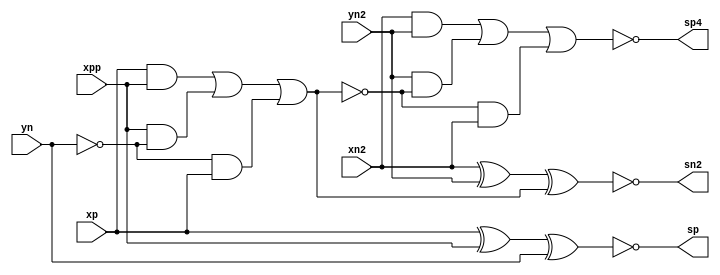
module mrHY4S(
    input xn2, xp, xpp,
    input yn2, yn,
    output sp4, sn2, sp
);
wire sn4, sp2, sn;
// PPM
assign sn = xp ^ xpp ^ yn;
wire cp2;
assign cp2 = (xp & xpp) | (xpp & ~yn) | (~yn & xp);
// MMP
assign sp2 = xn2 ^ yn2 ^ cp2;
assign sn4 = (xn2 & yn2) | (yn2 & ~cp2) | (~cp2 & xn2);
// Result of subtraction is invert by bit
assign {sp4, sn2, sp} = {~sn4, ~sp2, ~sn};
endmodule